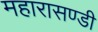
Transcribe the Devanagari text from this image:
महारासण्डी